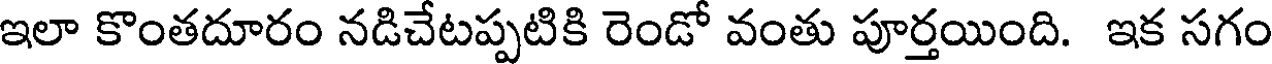
ఇలా కొంతదూరం నడిచేటప్పటికి రెండో వంతు పూర్తయింది. ఇక సగం